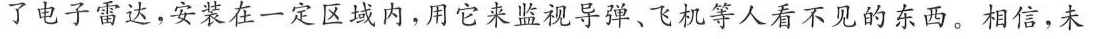
了电子雷达，安装在一定区域内，用它来监视导弹、飞机等人看不见的东西。相信，未